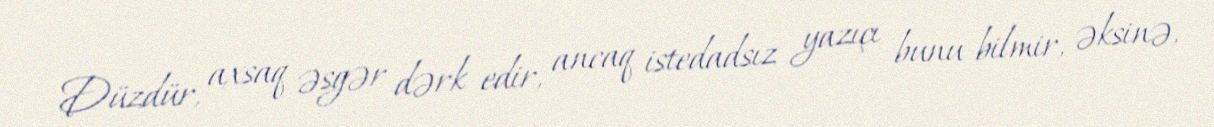
Düzdür, axsaq əsgər dərk edir, ancaq istedadsız yazıçı bunu bilmir, əksinə,